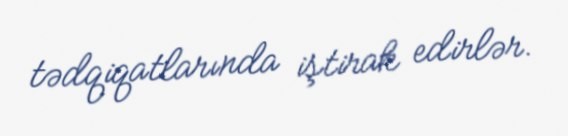
tədqiqatlarında iştirak edirlər.